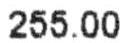
255.00